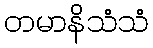
တမာနိသံသံ